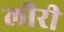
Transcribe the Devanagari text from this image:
लीरी